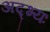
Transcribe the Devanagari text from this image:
अद्भ्यः